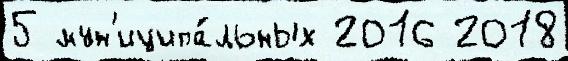
5 мун'иципа́льных 2016 2018